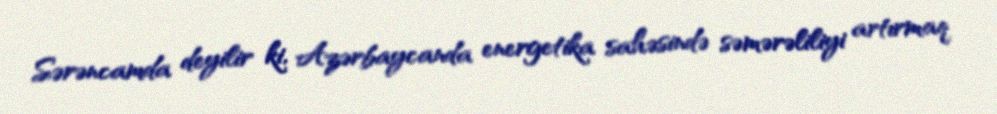
Sərəncamda deyilir ki, Azərbaycanda energetika sahəsində səmərəliliyi artırmaq